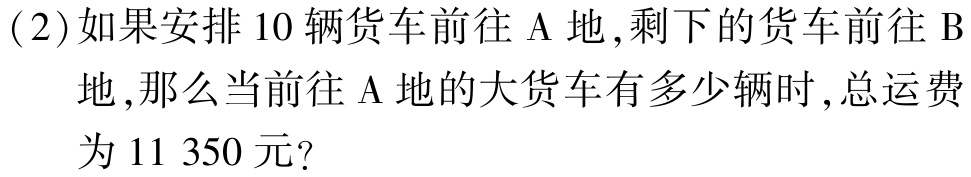
(2)如果安排10辆货车前往 A 地,剩下的货车前往 B
地,那么当前往 A 地的大货车有多少辆时,总运费
为11 350元?